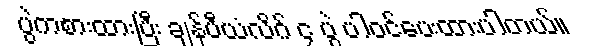
ပွဲကစားထားပြီး ချန်ပီယံလိဂ် ၄ ပွဲ ပါဝင်ပေးထားပါတယ်။